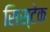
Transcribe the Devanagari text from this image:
सिस्टेक